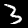
Label: 3